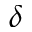
\delta